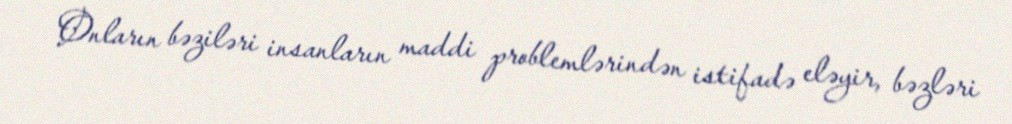
Onların bəziləri insanların maddi problemlərindən istifadə eləyir, bəzləri